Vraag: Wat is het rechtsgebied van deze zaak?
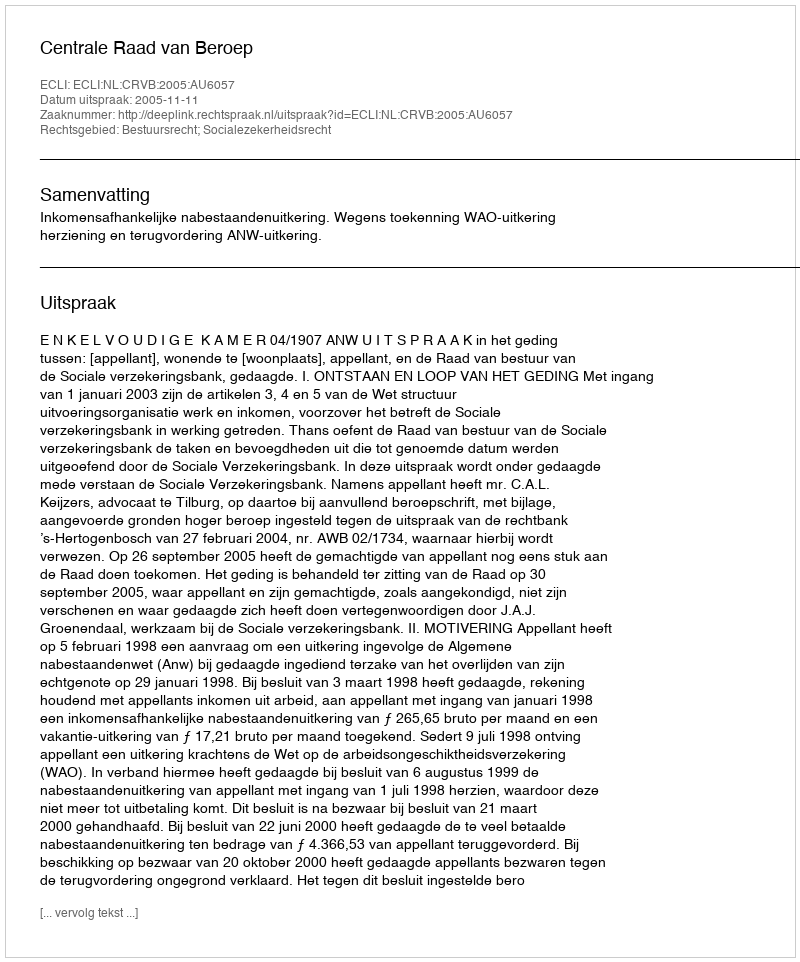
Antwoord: Bestuursrecht; Socialezekerheidsrecht